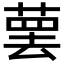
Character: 𰱯